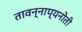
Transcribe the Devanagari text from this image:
तावन्नाप्यनोती